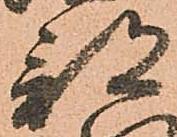
部